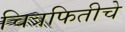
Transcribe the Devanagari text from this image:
चित्रफितीचे